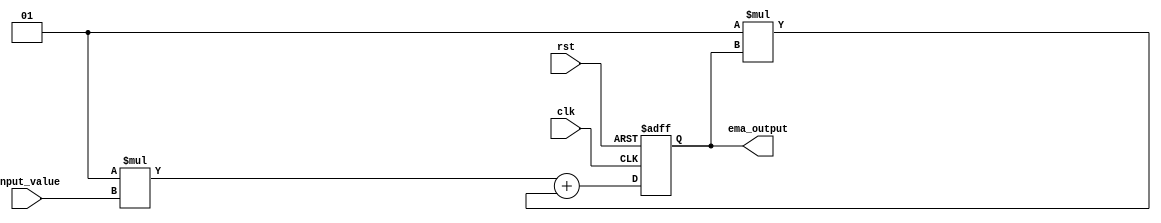
module ema_accumulator (
    input clk,
    input rst,
    input signed [15:0] input_value,
    output signed [15:0] ema_output
);

reg signed [15:0] ema_value;
parameter alpha = 0.5;

always @(posedge clk or posedge rst) begin
    if(rst) begin
        ema_value <= 0;
    end else begin
        ema_value <= alpha * input_value + (1 - alpha) * ema_value;
    end
end

assign ema_output = ema_value;

endmodule